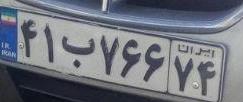
۴۱ب۷۶۶۷۴